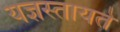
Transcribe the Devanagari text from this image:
यज्ञस्तायते